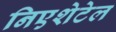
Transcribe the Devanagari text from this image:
निएशेटेल